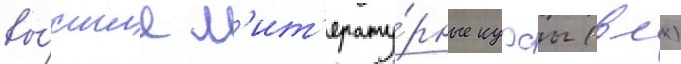
вы́сшие л'ит'ерату́рные курсы (влк)